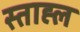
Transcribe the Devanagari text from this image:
स्ताह्ल